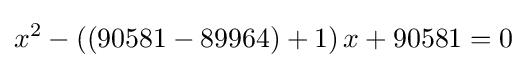
x^{2}-\left(\left(90581-89964\right)+1\right)x+90581=0